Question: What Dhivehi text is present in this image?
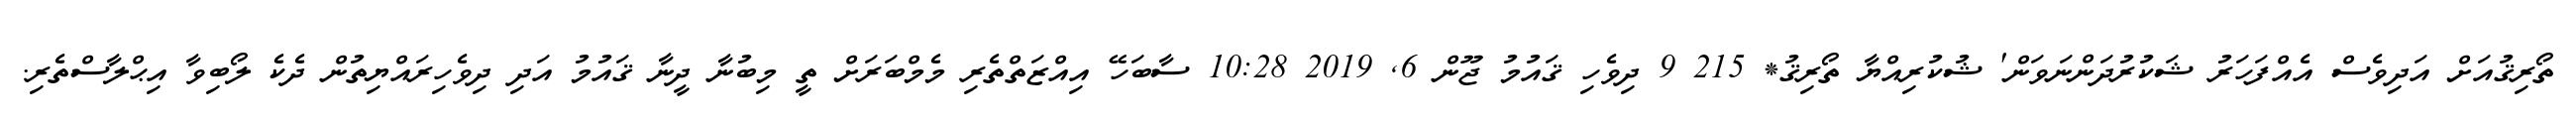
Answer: ތޯރިޤުއަށް އަދިވެސް އެއްފަހަރު ޝަކުރުދަންނަވަން' ޝުކުރިއްޔާ ތޯރިޤު* 215 9 ދިވެހި ޤައުމު ޖޫން 6, 2019 10:28 ސާބަހޭ އިއްޒަތްތެރި މެމްބަރަށް ތީ މިބުނާ ދީނާ ޤައުމު އަދި ދިވެހިރައްޔިތުން ދެކެ ލޯބިވާ އިޙްލާސްތެރި.